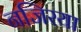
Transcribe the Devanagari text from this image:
नजिरया